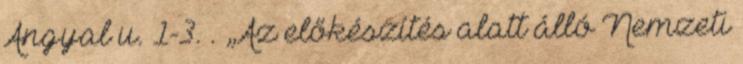
Angyal u. 1-3. . „Az előkészítés alatt álló Nemzeti